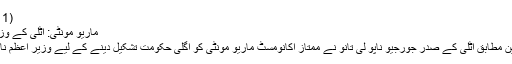
(14.11.2011)
ماریو مونٹی: اٹلی کے وزیر اعظم نامزد
اندازوں کے عین مطابق اٹلی کے صدر جورجیو ناپو لی تانو نے ممتاز اکانومسٹ ماریو مونٹی کو اگلی حکومت تشکیل دینے کے لیے وزیر اعظم نامزد کردیا ہے۔